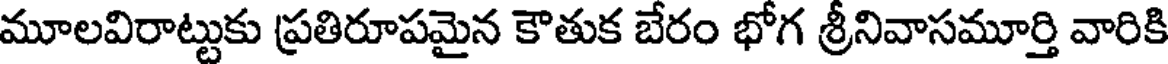
మూలవిరాట్టుకు ప్రతిరూపమైన కౌతుక బేరం భోగ శ్రీనివాసమూర్తి వారికి